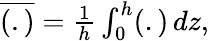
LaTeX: \begin{array}{r}{\overline{{(.)}}=\frac{1}{h}\int_{0}^{h}(.)\, dz,}\end{array}